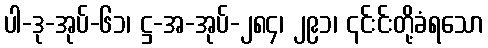
ပါ-ဒု-အုပ်-၆၁၊ ဋ္ဌ-အ-အုပ်-၂၈၄၊ ၂၉၁၊ ၎င်းင်းတို့ခံရသော